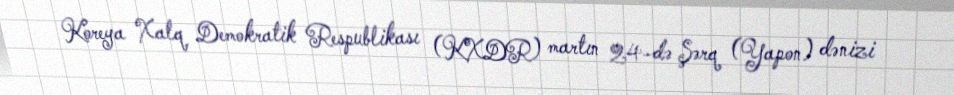
Koreya Xalq Demokratik Respublikası (KXDR) martın 24-də Şərq (Yapon) dənizi